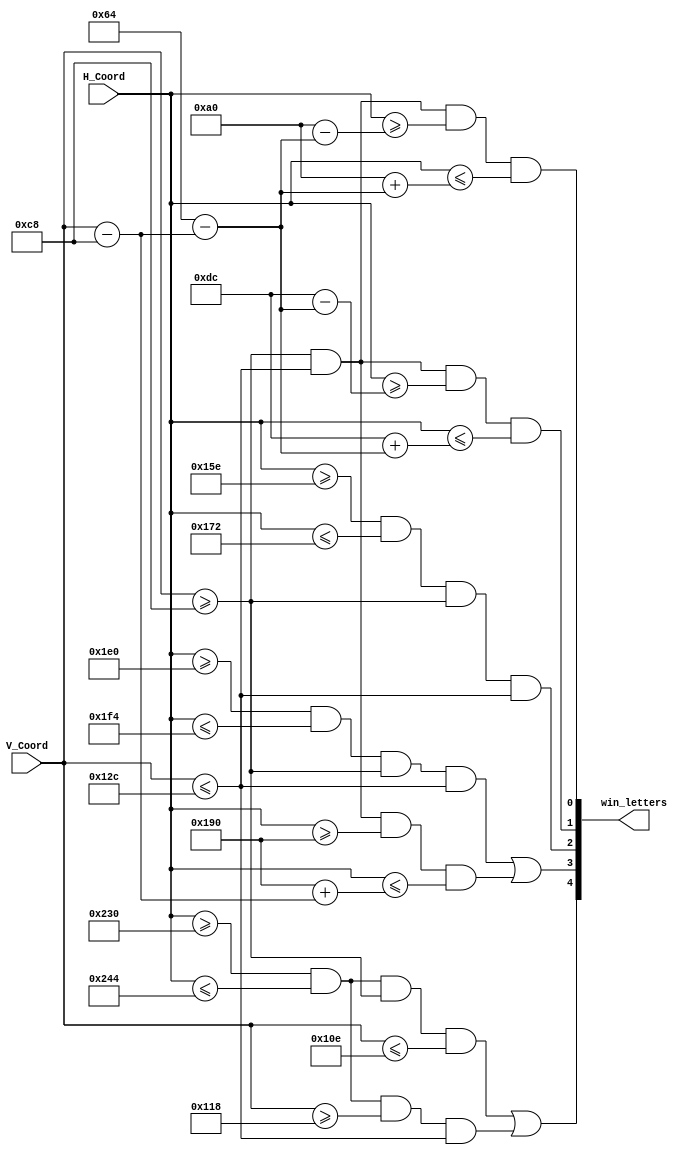
module Module_Win(	input [9:0] H_Coord,
							input [9:0] V_Coord,
						
							output [4:0] win_letters);

// Common parameters
parameter V_start = 10'd200;
parameter height  = 10'd100;
parameter base    = 10'd20;

// W: two isosceles triangles with the basis up
parameter H_start_t1 = 10'd160;
parameter H_start_t2 = 10'd220;

wire [9:0] wb_v_end_t1   = V_start + height;
wire [9:0] wb_width_t1   = height - (V_Coord - V_start);
wire [9:0] wb_h_start_t1 = H_start_t1 - wb_width_t1;
wire [9:0] wb_h_end_t1   = H_start_t1 + wb_width_t1;
wire [9:0] wb_v_end_t2   = V_start +  height;
wire [9:0] wb_width_t2   = height - (V_Coord - V_start);
wire [9:0] wb_h_start_t2 = H_start_t2 - wb_width_t2;
wire [9:0] wb_h_end_t2   = H_start_t2 + wb_width_t2;

assign W1 = ((V_Coord >= V_start) && (V_Coord <= wb_v_end_t1) && (H_Coord >= wb_h_start_t1) && (H_Coord <= wb_h_end_t1));
assign W2 = ((V_Coord >= V_start) && (V_Coord <= wb_v_end_t2) && (H_Coord >= wb_h_start_t2) && (H_Coord <= wb_h_end_t2));

// I: a vertical bar
parameter H_start_r1 = 10'd350;

wire [9:0] wb_v_end_r1 = V_start + height;
wire [9:0] wb_h_end_r1 = H_start_r1 + base;

assign I = ((H_Coord >= H_start_r1) && (H_Coord <= wb_h_end_r1) && (V_Coord >= V_start) && (V_Coord <= wb_v_end_r1));

// N: a right triangle + a vertical bar
parameter H_start_t3 = 10'd400;
parameter H_start_r2 = 10'd480;

wire [9:0] wb_v_end_t3   = V_start + height;
wire [9:0] wb_width_t3   = V_Coord - V_start;
wire [9:0] wb_h_start_t3 = H_start_t3;
wire [9:0] wb_h_end_t3   = H_start_t3 + wb_width_t3;
wire [9:0] wb_v_end_r2   = V_start + height;
wire [9:0] wb_h_end_r2   = H_start_r2 + base;

assign N2 = ((H_Coord >= H_start_r2) && (H_Coord <= wb_h_end_r2) && (V_Coord >= V_start) && (V_Coord <= wb_v_end_r2));
assign N1 = ((V_Coord >= V_start) && (V_Coord <= wb_v_end_t3) && (H_Coord >= wb_h_start_t3) && (H_Coord <= wb_h_end_t3));

// !: a vertical bar + a square
parameter H_start_r3 = 10'd560;

wire [9:0] wb_v_end_r3  = V_start + height - (base + 10'd10);
wire [9:0] wb_h_end_r3  = H_start_r3 + base;
wire [9:0] wb_v_start_s = wb_v_end_r3 + 10'd10;
wire [9:0] wb_v_end_s   = wb_v_end_r3 + (base + 10'd10);

assign Excl_pnt = ((H_Coord >= H_start_r3) && (H_Coord <= wb_h_end_r3) && (V_Coord >= V_start) && (V_Coord <= wb_v_end_r3)) ||
						((H_Coord >= H_start_r3) && (H_Coord <= wb_h_end_r3) && (V_Coord >= wb_v_start_s) && (V_Coord <= wb_v_end_s));

buf(win_letters[4:0],{Excl_pnt,(N2 | N1),I,W2,W1});

endmodule